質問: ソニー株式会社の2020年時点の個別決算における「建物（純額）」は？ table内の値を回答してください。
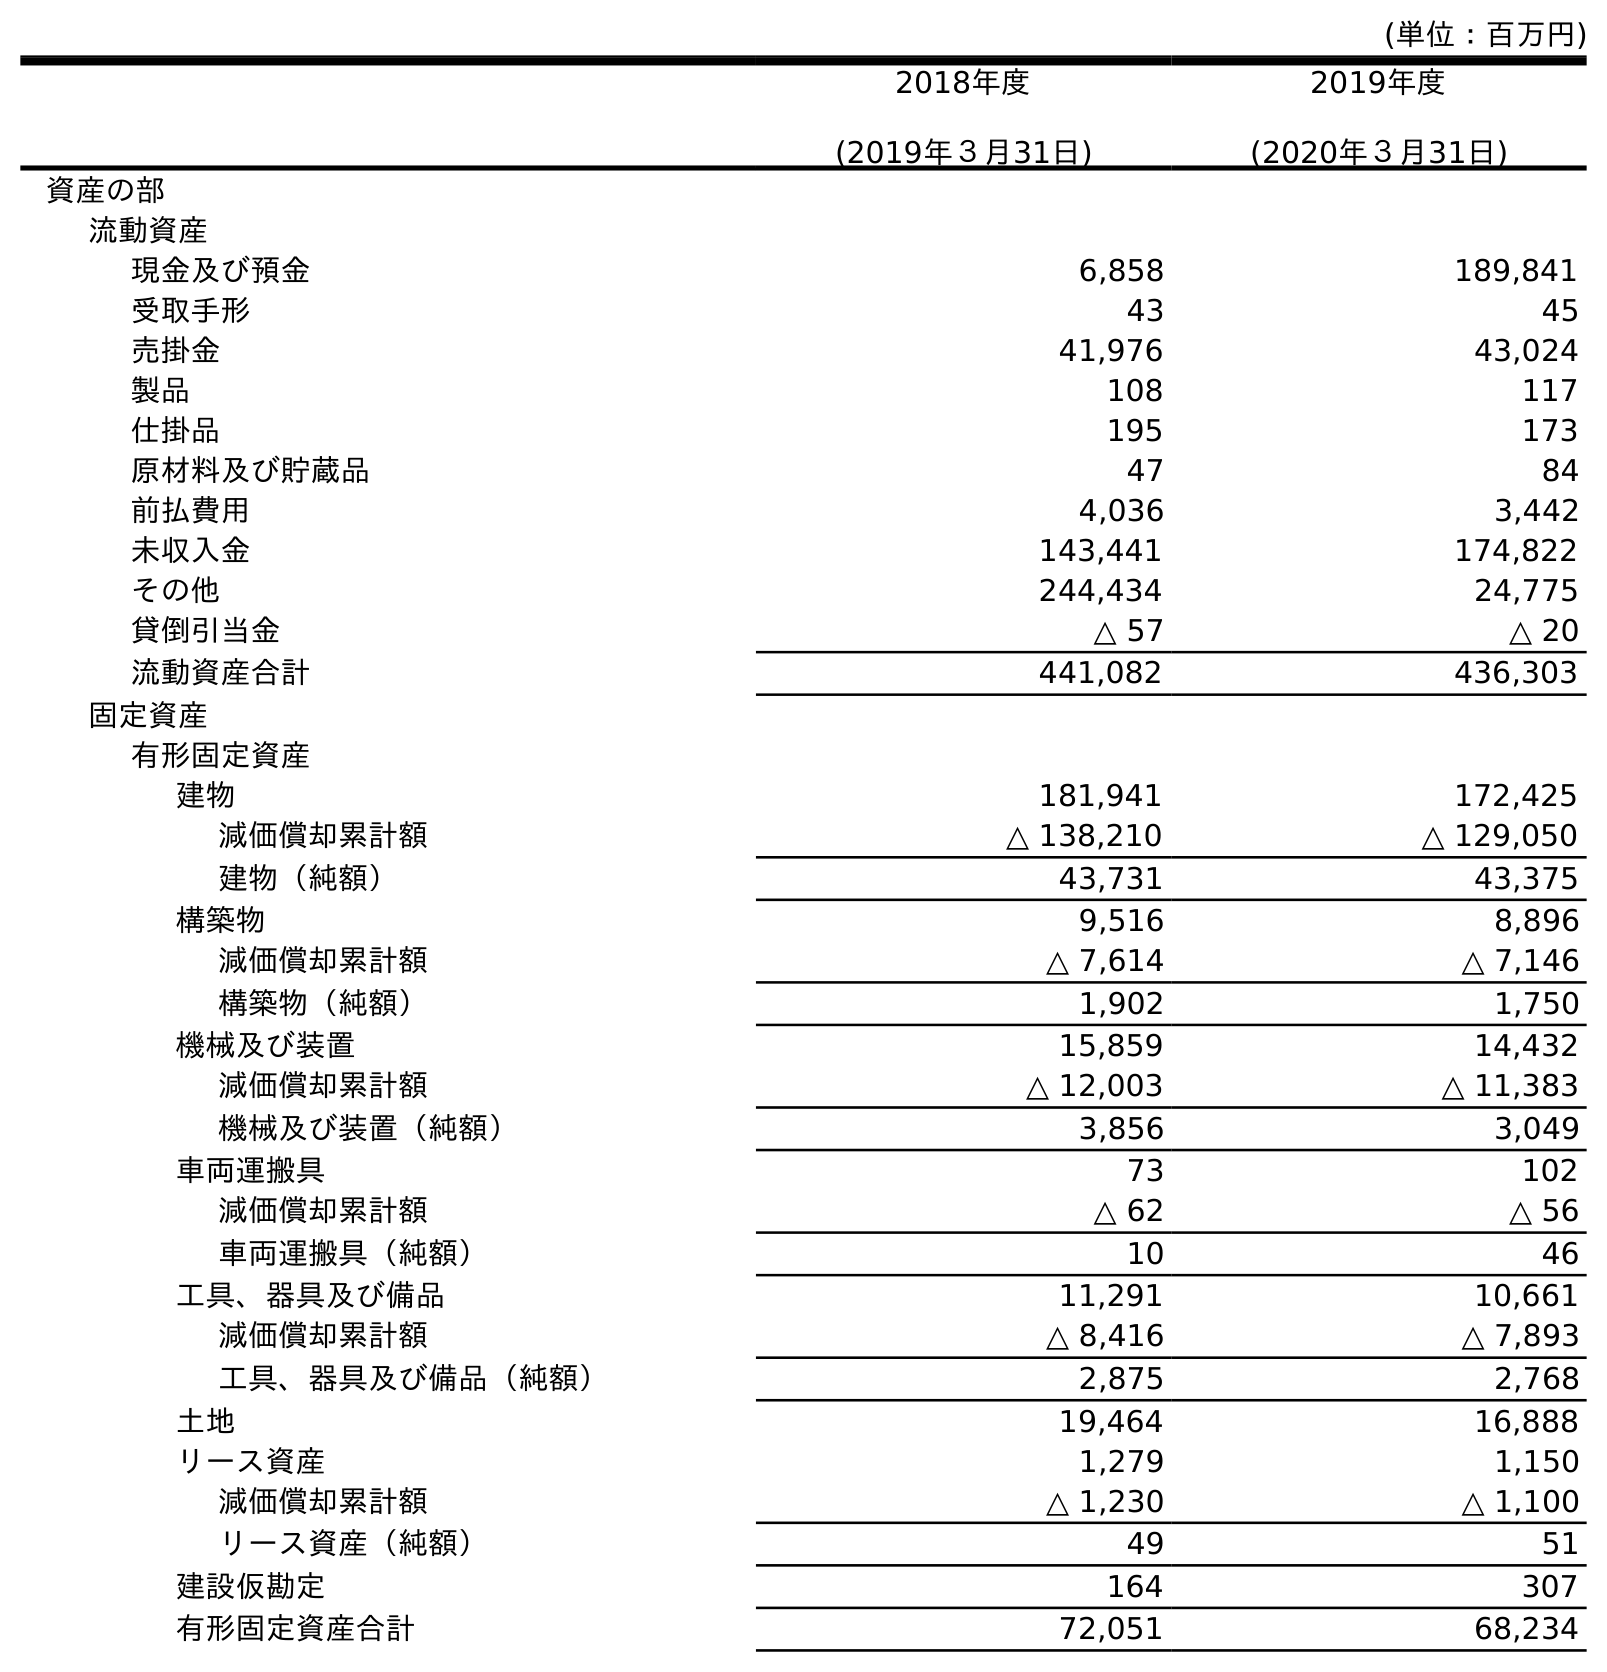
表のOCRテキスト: (単位：百万円) 2018年度 (2019年３月31日) 2019年度 (2020年３月31日) 資産の部 流動資産 現金及び預金 6,858 189,841 受取手形 43 45 売掛金 41,976 43,024 製品 108 117 仕掛品 195 173 原材料及び貯蔵品 47 84 前払費用 4,036 3,442 未収入金 143,441 174,822 その他 244,434 24,775 貸倒引当金 △ 57 △ 20 流動資産合計 441,082 436,303 固定資産 有形固定資産 建物 181,941 172,425 減価償却累計額 △ 138,210 △ 129,050 建物（純額） 43,731 43,375 構築物 9,516 8,896 減価償却累計額 △ 7,614 △ 7,146 構築物（純額） 1,902 1,750 機械及び装置 15,859 14,432 減価償却累計額 △ 12,003 △ 11,383 機械及び装置（純額） 3,856 3,049 車両運搬具 73 102 減価償却累計額 △ 62 △ 56 車両運搬具（純額） 10 46 工具、器具及び備品 11,291 10,661 減価償却累計額 △ 8,416 △ 7,893 工具、器具及び備品（純額） 2,875 2,768 土地 19,464 16,888 リース資産 1,279 1,150 減価償却累計額 △ 1,230 △ 1,100 リース資産（純額） 49 51 建設仮勘定 164 307 有形固定資産合計 72,051 68,234
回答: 43,375